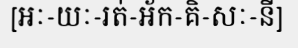
[អៈ-យៈ-រត់-អ័ក-គិ-សៈ-នី]